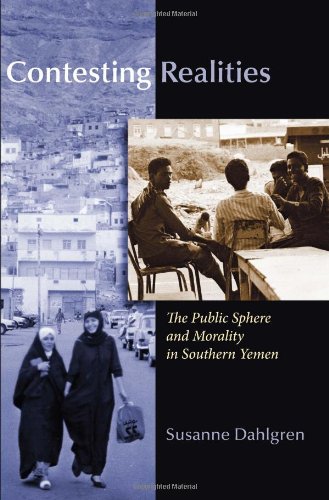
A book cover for Contesting Realities: Public Sphere and Morality in Southern Yemen (Gender, Culture, and Politics in the Middle East); Susanne Dahlgren; History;